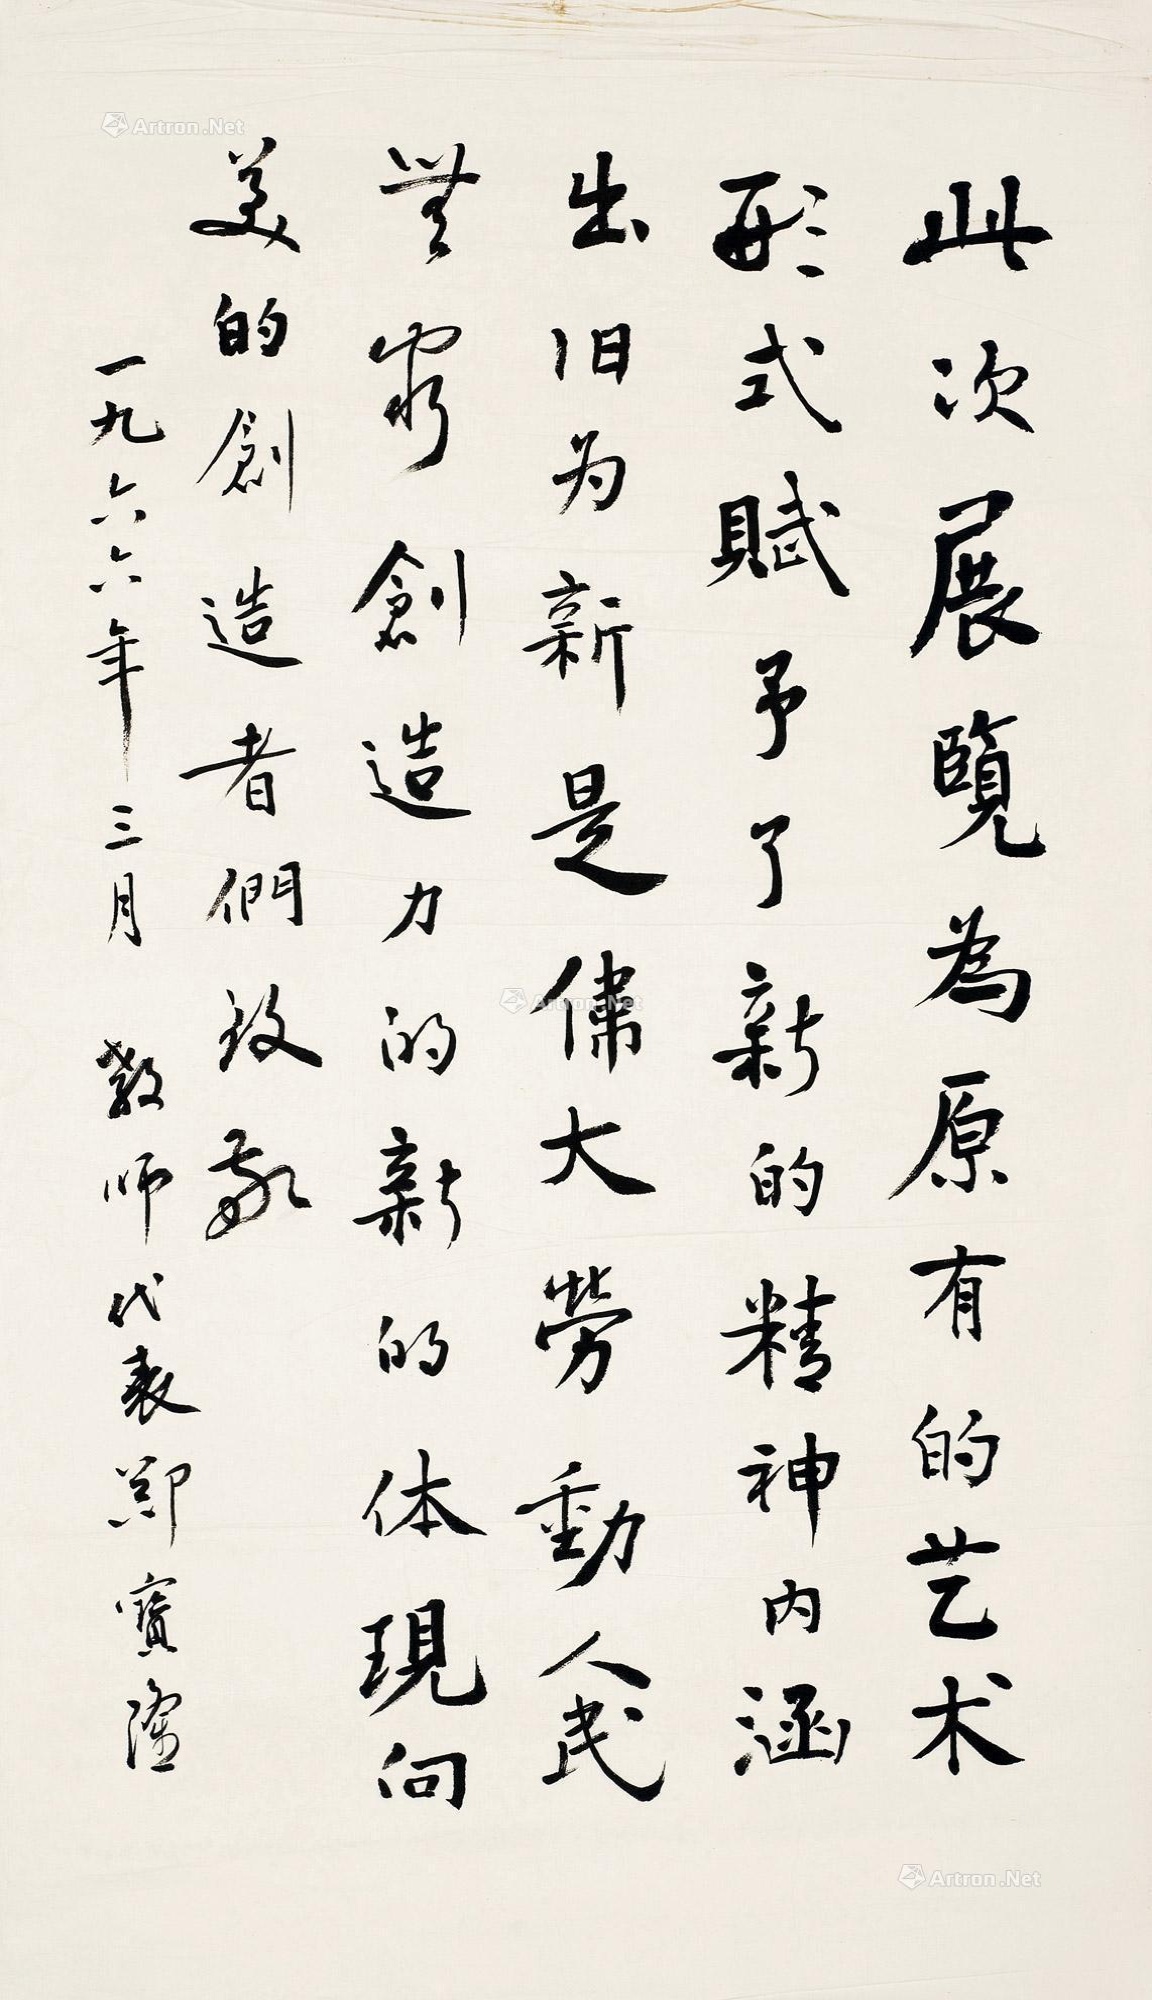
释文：此次展览为原有的艺术形式赋予了新的精神内涵。出旧为新，是伟大劳动人民无穷创造力的新的体现，向美的创造者们致敬。一九六六年三月，教师代表郑宝隆。